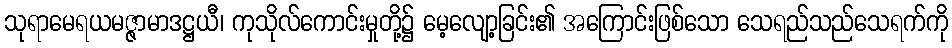
သုရာမေရယမဇ္ဇာမာဒဋ္ဌယီ၊ ကုသိုလ်ကောင်းမှုတို့၌ မေ့လျော့ခြင်း၏ အကြောင်းဖြစ်သော သေရည်သည်သေရက်ကို